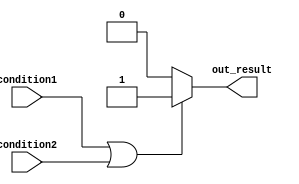
module if_else_statement_with_logical_OR (
    input wire condition1, 
    input wire condition2, 
    output reg out_result
);

always @* begin
    if (condition1 || condition2) begin
        // statements inside the if block
        out_result <= 1'b1;
    end
    else begin
        // statements inside the else block
        out_result <= 1'b0;
    end
end

endmodule